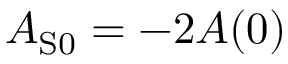
A _ { \mathrm { S 0 } } = - 2 A ( 0 )